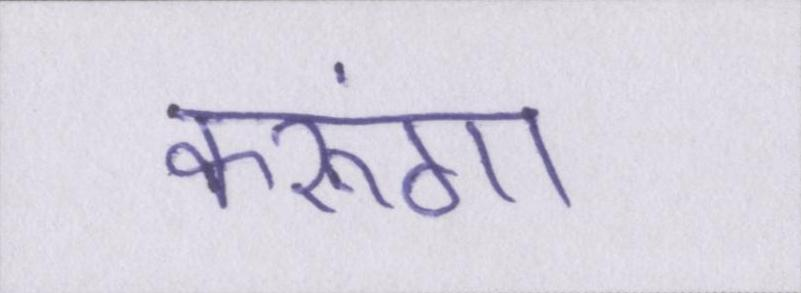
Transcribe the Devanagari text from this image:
करूंगा